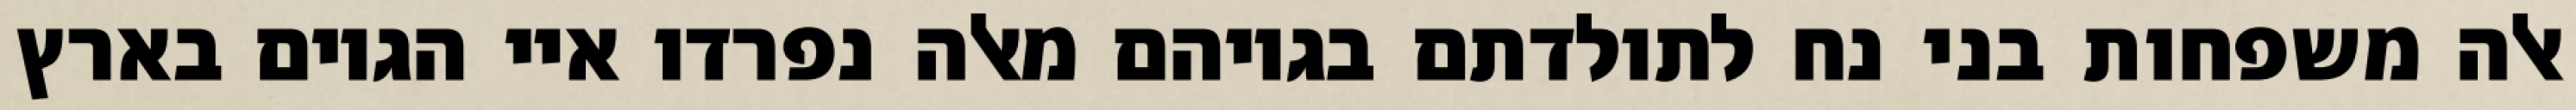
אלה משפחות בני נח לתולדתם בגויהם מאלה נפרדו איי הגוים בארץ